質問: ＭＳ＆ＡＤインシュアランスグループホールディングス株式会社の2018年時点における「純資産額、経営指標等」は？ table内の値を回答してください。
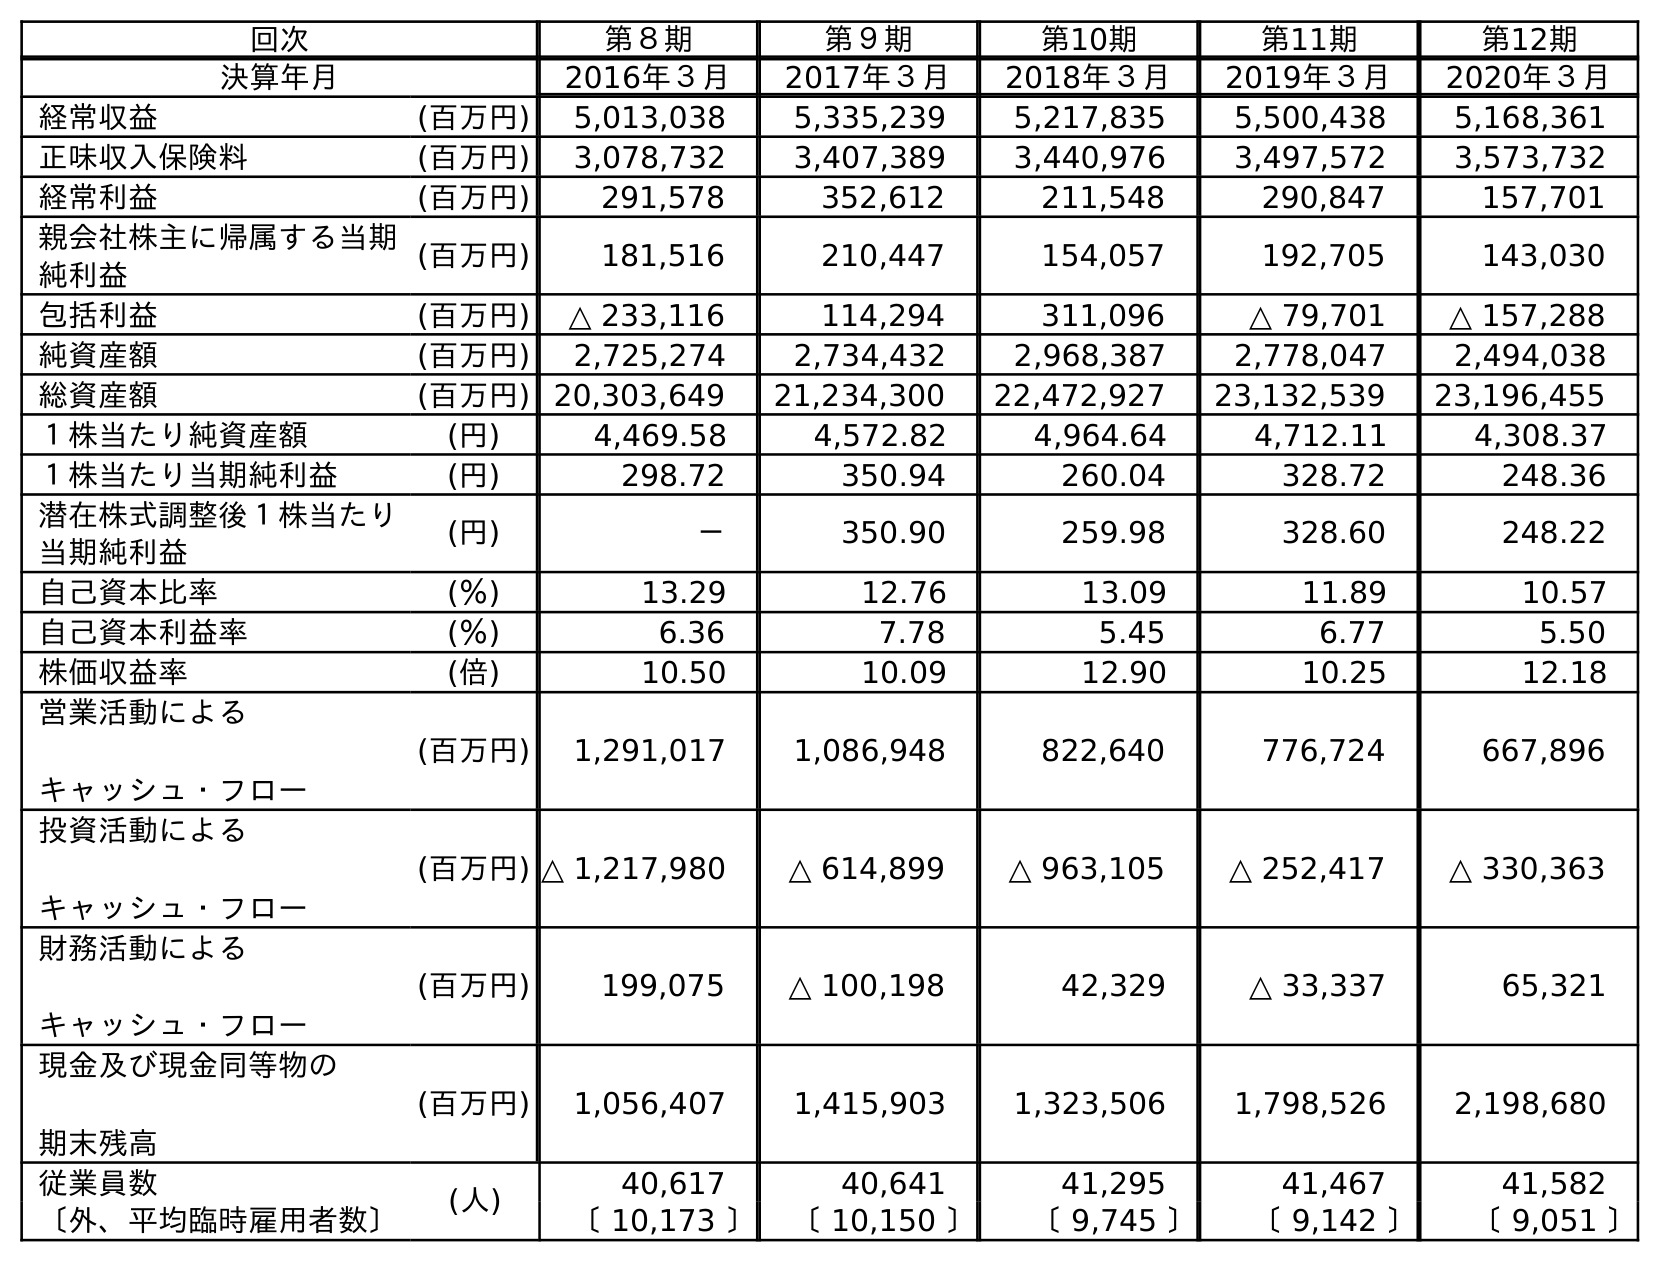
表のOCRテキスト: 回次 第８期 第９期 第10期 第11期 第12期 決算年月 2016年３月 2017年３月 2018年３月 2019年３月 2020年３月 経常収益 (百万円) 5,013,038 5,335,239 5,217,835 5,500,438 5,168,361 正味収入保険料 (百万円) 3,078,732 3,407,389 3,440,976 3,497,572 3,573,732 経常利益 (百万円) 291,578 352,612 211,548 290,847 157,701 親会社株主に帰属する当期 純利益 (百万円) 181,516 210,447 154,057 192,705 143,030 包括利益 (百万円) △ 233,116 114,294 311,096 △ 79,701 △ 157,288 純資産額 (百万円) 2,725,274 2,734,432 2,968,387 2,778,047 2,494,038 総資産額 (百万円) 20,303,649 21,234,300 22,472,927 23,132,539 23,196,455 １株当たり純資産額 (円) 4,469.58 4,572.82 4,964.64 4,712.11 4,308.37 １株当たり当期純利益 (円) 298.72 350.94 260.04 328.72 248.36 潜在株式調整後１株当たり 当期純利益 (円) － 350.90 259.98 328.60 248.22 自己資本比率 (％) 13.29 12.76 13.09 11.89 10.57 自己資本利益率 (％) 6.36 7.78 5.45 6.77 5.50 株価収益率 (倍) 10.50 10.09 12.90 10.25 12.18 営業活動による キャッシュ・フロー (百万円) 1,291,017 1,086,948 822,640 776,724 667,896 投資活動による キャッシュ・フロー (百万円) △ 1,217,980 △ 614,899 △ 963,105 △ 252,417 △ 330,363 財務活動による キャッシュ・フロー (百万円) 199,075 △ 100,198 42,329 △ 33,337 65,321 現金及び現金同等物の 期末残高 (百万円) 1,056,407 1,415,903 1,323,506 1,798,526 2,198,680 従業員数 (人) 40,617 40,641 41,295 41,467 41,582 〔外、平均臨時雇用者数〕 〔 10,173 〕 〔 10,150 〕 〔 9,745 〕 〔 9,142 〕 〔 9,051 〕
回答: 2,968,387